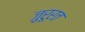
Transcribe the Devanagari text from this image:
ज़ुरूरत